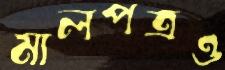
মালপত্রও